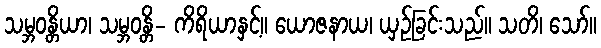
သမ္ဘဝန္တိယာ၊ သမ္ဘဝန္တိ- ကိရိယာနှင့်။ ယောဇနာယ၊ ယှဉ်ခြင်းသည်။ သတိ၊ သော်။